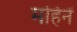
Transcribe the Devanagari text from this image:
महिनें